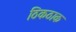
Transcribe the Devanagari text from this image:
ठिकठाक